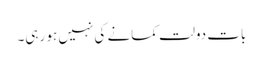
بات دولت کمانے کی نہیں ہو رہی۔